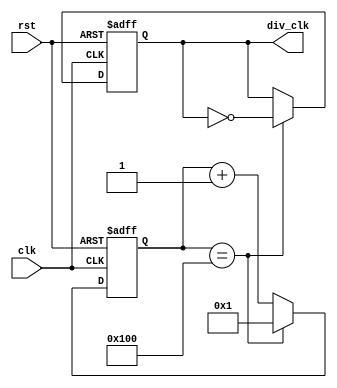
`timescale 1ns/10ps

`ifndef UD
	`define UD #1
`endif

module CLK_DIV (clk, rst, div_clk);

input 	wire clk, rst;
output	wire div_clk;

parameter N = 512;
//parameter N = 4;

reg	[12:0]	clk_cnt;
reg	clk_out_tmp;
 
always @ (posedge rst or posedge clk) begin
	if(rst) begin
		clk_cnt <= `UD 13'd0;
		clk_out_tmp <= `UD 1'b0;
	end else if(clk_cnt == N/2) begin
		clk_out_tmp <= `UD ~clk_out_tmp;
		clk_cnt <= `UD 13'd1;
	end else begin
		clk_cnt <= `UD clk_cnt + 13'd1;
	end
end
assign div_clk = clk_out_tmp;

endmodule